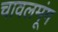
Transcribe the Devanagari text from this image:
चावलमूंग